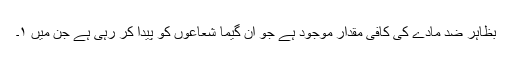
بظاہر ضد مادّے کی کافی مقدار موجود ہے جو ان گیما شعاعوں کو پیدا کر رہی ہے جن میں ١۔